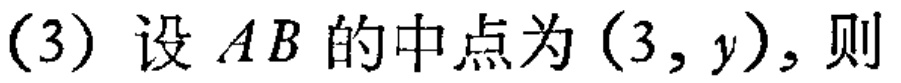
(3) 设 \(AB\) 的中点为 \((3,y)\), 则